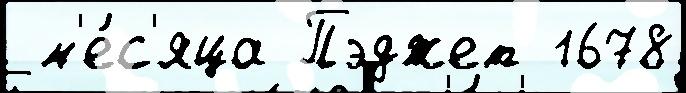
 м'е́с'яца Пэджет 1678